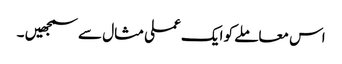
اس معاملے کو ایک عملی مثال سے سمجھیں ۔